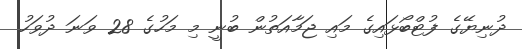
ދުނިޔޭގެ ފުޓްބޯޅައިގެ މައި ޖަމާއަތުން ބުނީ މި މަހުގެ 28 ވަނަ ދުވަހު